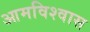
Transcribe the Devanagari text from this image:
आमविश्वास